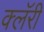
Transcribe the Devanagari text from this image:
क्लॅरी